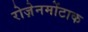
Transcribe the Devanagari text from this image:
रोज़ेनमोंटाक